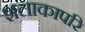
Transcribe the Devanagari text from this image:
शलाकापरि